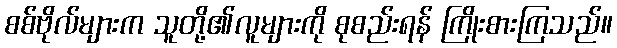
စစ်ဗိုလ်များက သူတို့၏လူများကို စုစည်းရန် ကြိုးစားကြသည်။